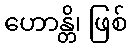
ဟောန္တိ၊ ဖြစ်